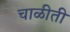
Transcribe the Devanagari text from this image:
चाळीती